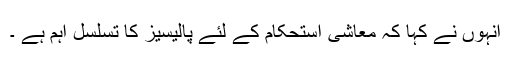
انہوں نے کہا کہ معاشی استحکام کے لئے پالیسیز کا تسلسل اہم ہے ۔